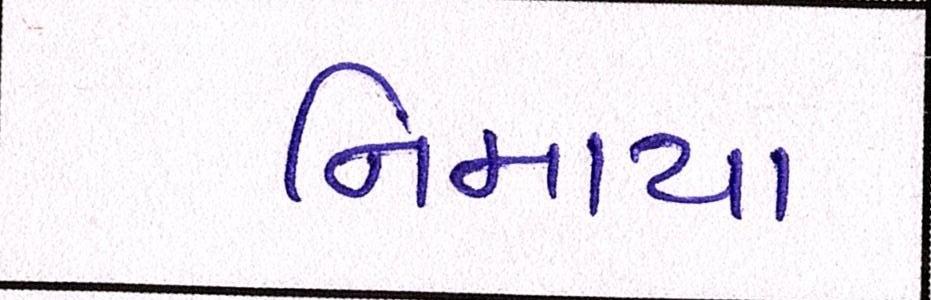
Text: નિમાયા